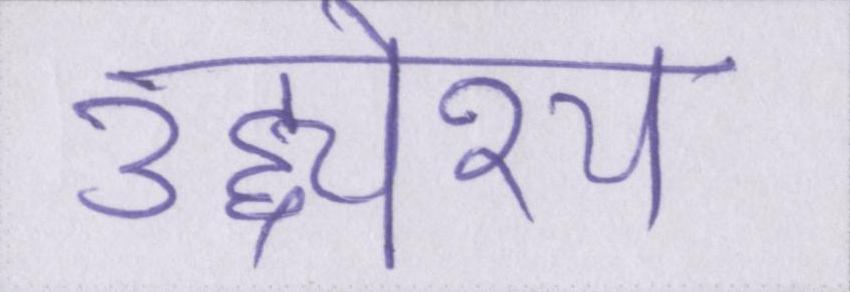
उद्द्येश्य